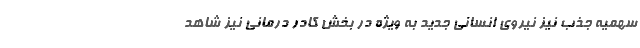
سهمیه جذب نیز نیروی انسانی جدید به ویژه در بخش کادر درمانی نیز شاهد